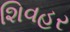
શિવહર